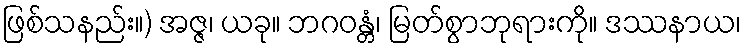
ဖြစ်သနည်း။) အဇ္ဇ၊ ယခု။ ဘဂဝန္တံ၊ မြတ်စွာဘုရားကို။ ဒဿနာယ၊